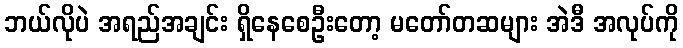
ဘယ်လိုပဲ အရည်အချင်း ရှိနေစေဦးတော့ မတော်တဆများ အဲဒီ အလုပ်ကို